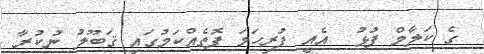
ގެ ކަލާމް ފުޅު  އެއީ ފުރިހަމަ ފޮތެއްކަމުގައި ޤަބޫލު ނުކުރާ